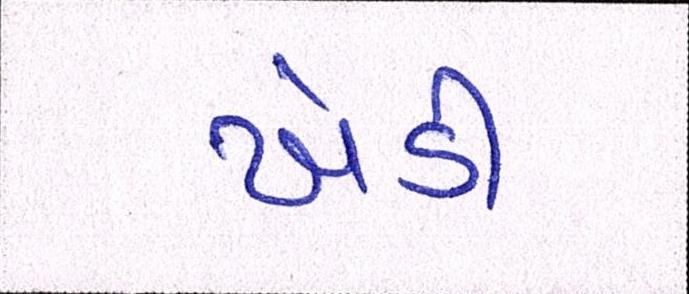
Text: ખેડી